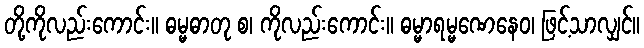
တို့ကိုလည်းကောင်း။ ဓမ္မဓာတု စ၊ ကိုလည်းကောင်း။ ဓမ္မာရမ္မဏေနေဝ၊ ဖြင့်သာလျှင်။